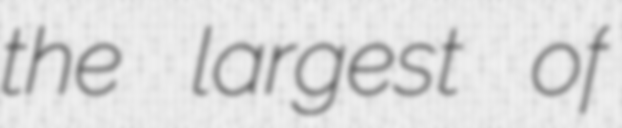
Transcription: the largest of